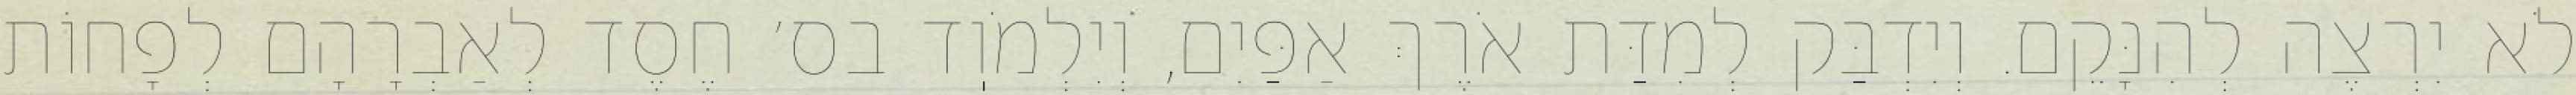
לֹא יִרְצֶה לְהִנָּקֵם. וְיִדְבַּק לְמִדַּת אֹרֶךְ אַפַּיִם, וְיִלְמֹוֽד בס׳ חֶסֶד לְאַבְרָהָם לְפָחוֹת